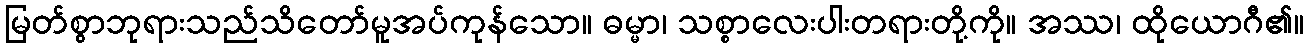
မြတ်စွာဘုရားသည်သိတော်မူအပ်ကုန်သော။ ဓမ္မာ၊ သစ္စာလေးပါးတရားတို့ကို။ အဿ၊ ထိုယောဂီ၏။